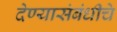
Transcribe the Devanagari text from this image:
देण्यासंबंधीचे